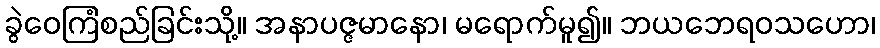
ခွဲဝေကြံစည်ခြင်းသို့။ အနာပဇ္ဇမာနော၊ မရောက်မူ၍။ ဘယဘေရဝသဟော၊